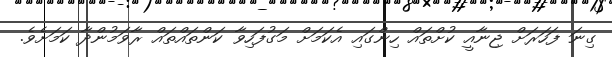
ގިނަ ފަހަރަށް ޖިނާއީ ކުށްތައް ހިންގައި އެކަމަށް މަގުފަހިވާ ކަންތައްތައް ރާވަމުންދާ ކަމަށެވެ.